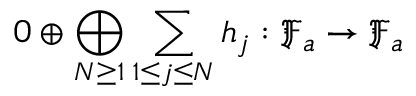
0 \oplus \bigoplus _ { N \ge 1 } \sum _ { 1 \le j \le N } h _ { j } : \mathfrak { F } _ { a } \to \mathfrak { F } _ { a }